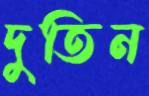
দুতিন